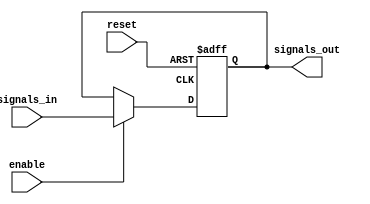
module Priority_Bypass_Register(

input wire [7:0] signals_in,
input wire enable,
input wire reset,

output reg [7:0] signals_out

);

always @(posedge clk or posedge reset) begin
if (reset)
signals_out <= 8'b0;
else if (enable)
signals_out <= signals_in;
end

endmodule